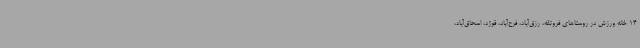
14 خانه ورزش در روستاهای فروتقه، رزق‌آباد، فرح‌آباد، قوژد، اسحاق‌آباد،